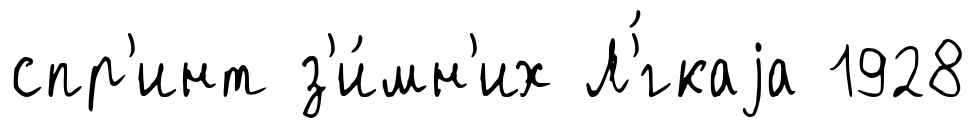
спр'инт з'и́мн'их Л'́гкаjа 1928